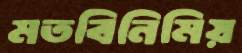
মতবিনিমিয়